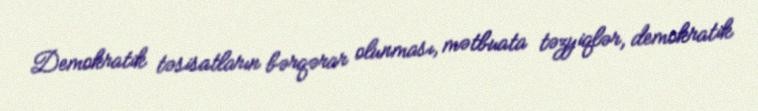
Demokratik təsisatların bərqərar olunması, mətbuata təzyiqlər, demokratik